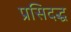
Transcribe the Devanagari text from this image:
प्रसिदद्ध